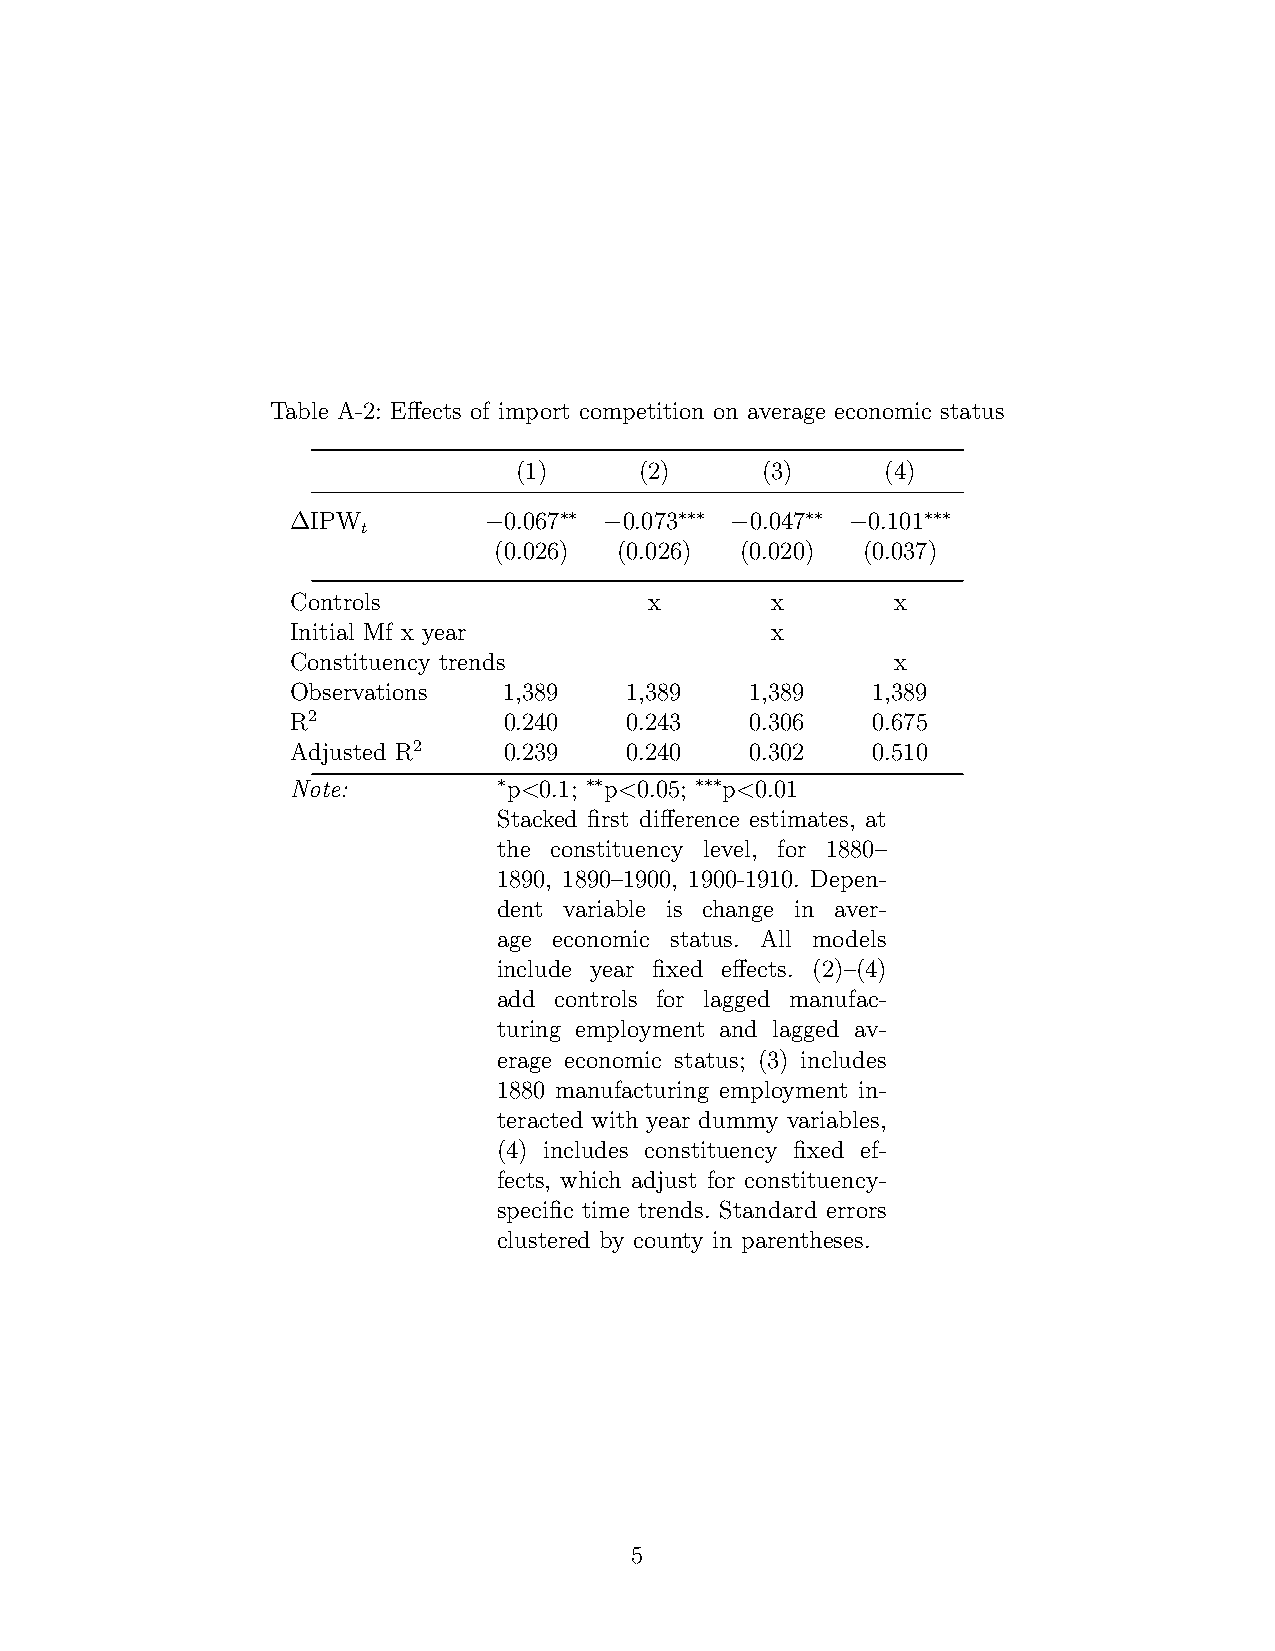
Table A-2: Effects of import competition on average economic status
 (1)     (2)     (3)      (4)
 ∆IPW         −0.067∗∗ −0.073∗∗∗ −0.047∗∗ −0.101∗∗∗
 t
 (0.026) (0.026) (0.020) (0.037)
 Controls                x       x       x
 Initial Mf x year               x
 Constituency trends                     x
 Observations  1,389   1,389    1,389   1,389
 R2            0.240   0.243    0.306   0.675
 Adjusted R2   0.239   0.240    0.302   0.510
 Note:         ∗p<0.1; ∗∗p<0.05; ∗∗∗p<0.01
 Stacked first difference estimates, at
 the constituency level, for 1880–
 1890, 1890–1900, 1900-1910. Depen-
 dent variable is change in aver-
 age economic status. All models
 include year fixed effects. (2)–(4)
 add controls for lagged manufac-
 turing employment and lagged av-
 erage economic status; (3) includes
 1880 manufacturing employment in-
 teracted with year dummy variables,
 (4) includes constituency fixed ef-
 fects, which adjust for constituency-
 specific time trends. Standard errors
 clustered by county in parentheses.
 5